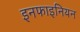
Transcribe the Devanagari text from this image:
इनफाइनियन